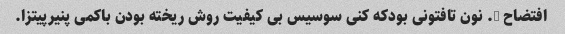
افتضاح …. نون تافتونی بودکه کنی سوسیس بی کیفیت روش ریخته بودن باکمی پنیرپیتزا.